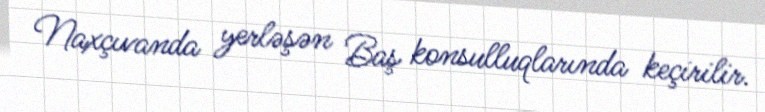
Naxçıvanda yerləşən Baş konsulluqlarında keçirilir.